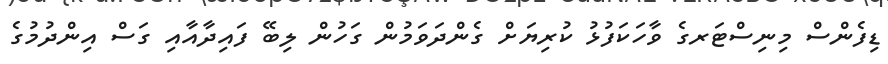
ޑިފެންސް މިނިސްޓަރގެ ވާހަކަފުޅު ކުރިޔަށް ގެންދަވަމުން ގަހުން ލިބޭ ފައިދާއާއި ގަސް އިންދުމުގެ